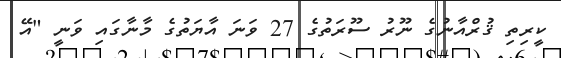
ކީރިތި ޤުރްއާނުގެ ނޫރު ސޫރަތުގެ 27 ވަނަ އާޔަތުގެ މާނާގައި ވަނީ "އޭ